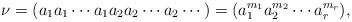
LaTeX: \begin{align*}\nu=(a_1a_1\dotsm a_1 a_2 a_2 \dotsm a_2\dotsm )=(a_1^{m_1}a_2^{m_2}\dotsm a_r^{m_r}),\end{align*}